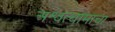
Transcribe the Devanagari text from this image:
अश्वत्थामाचा